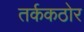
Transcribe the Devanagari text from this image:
तर्ककठोर